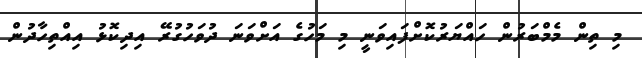
މި ތިން މެމްބަރުން ހައްޔަރުކޮށްފައިވަނީ މި މަހުގެ އަށްވަނަ ދުވަހުގުރޭ އިދިކޮޅު އިއްތިހާދުން